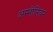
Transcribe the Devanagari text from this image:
अम्मोनियम